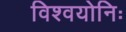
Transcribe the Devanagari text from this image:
विश्वयोनिः